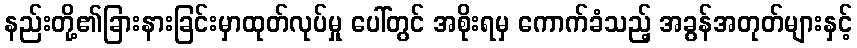
နည်းတို့၏ခြားနားခြင်းမှာထုတ်လုပ်မှု ပေါ်တွင် အစိုးရမှ ကောက်ခံသည့် အခွန်အတုတ်များနှင့်